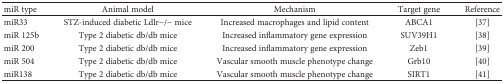
<table><thead><tr><td><b>miR type</b></td><td><b>Animal model</b></td><td><b>Mechanism</b></td><td><b>Target gene</b></td><td><b>Reference</b></td></tr></thead><tbody><tr><td>miR33</td><td>STZ-induced diabetic Ldlr−/− mice</td><td>Increased macrophages and lipid content</td><td>ABCA1</td><td>[37]</td></tr><tr><td>miR 125b</td><td>Type 2 diabetic db/db mice</td><td>Increased inflammatory gene expression</td><td>SUV39H1</td><td>[38]</td></tr><tr><td>miR 200</td><td>Type 2 diabetic db/db mice</td><td>Increased inflammatory gene expression</td><td>Zeb1</td><td>[39]</td></tr><tr><td>miR 504</td><td>Type 2 diabetic db/db mice</td><td>Vascular smooth muscle phenotype change</td><td>Grb10</td><td>[40]</td></tr><tr><td>miR138</td><td>Type 2 diabetic db/db mice</td><td>Vascular smooth muscle phenotype change</td><td>SIRT1</td><td>[41]</td></tr></tbody></table>